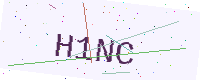
Text: H1NC